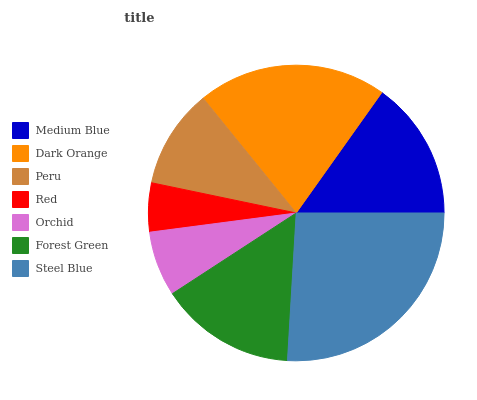
| Medium Blue | Dark Orange | Peru | Red | Orchid | Forest Green | Steel Blue |
 | --- | --- | --- | --- | --- | --- | --- |
 | 15.2% | 20.7% | 10.9% | 5.35% | 7.11% | 14.9% | 25.9% |